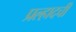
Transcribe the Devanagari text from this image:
प्रल्हादची